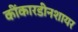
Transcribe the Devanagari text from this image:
कींकारडीनशायर